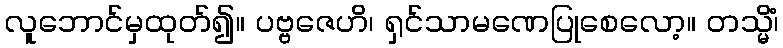
လူဘောင်မှထုတ်၍။ ပဗ္ဗဇေဟိ၊ ရှင်သာမဏေပြုစေလော့။ တသ္မိံ၊